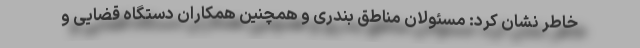
خاطر نشان کرد: مسئولان مناطق بندری و همچنین همکاران دستگاه قضایی و